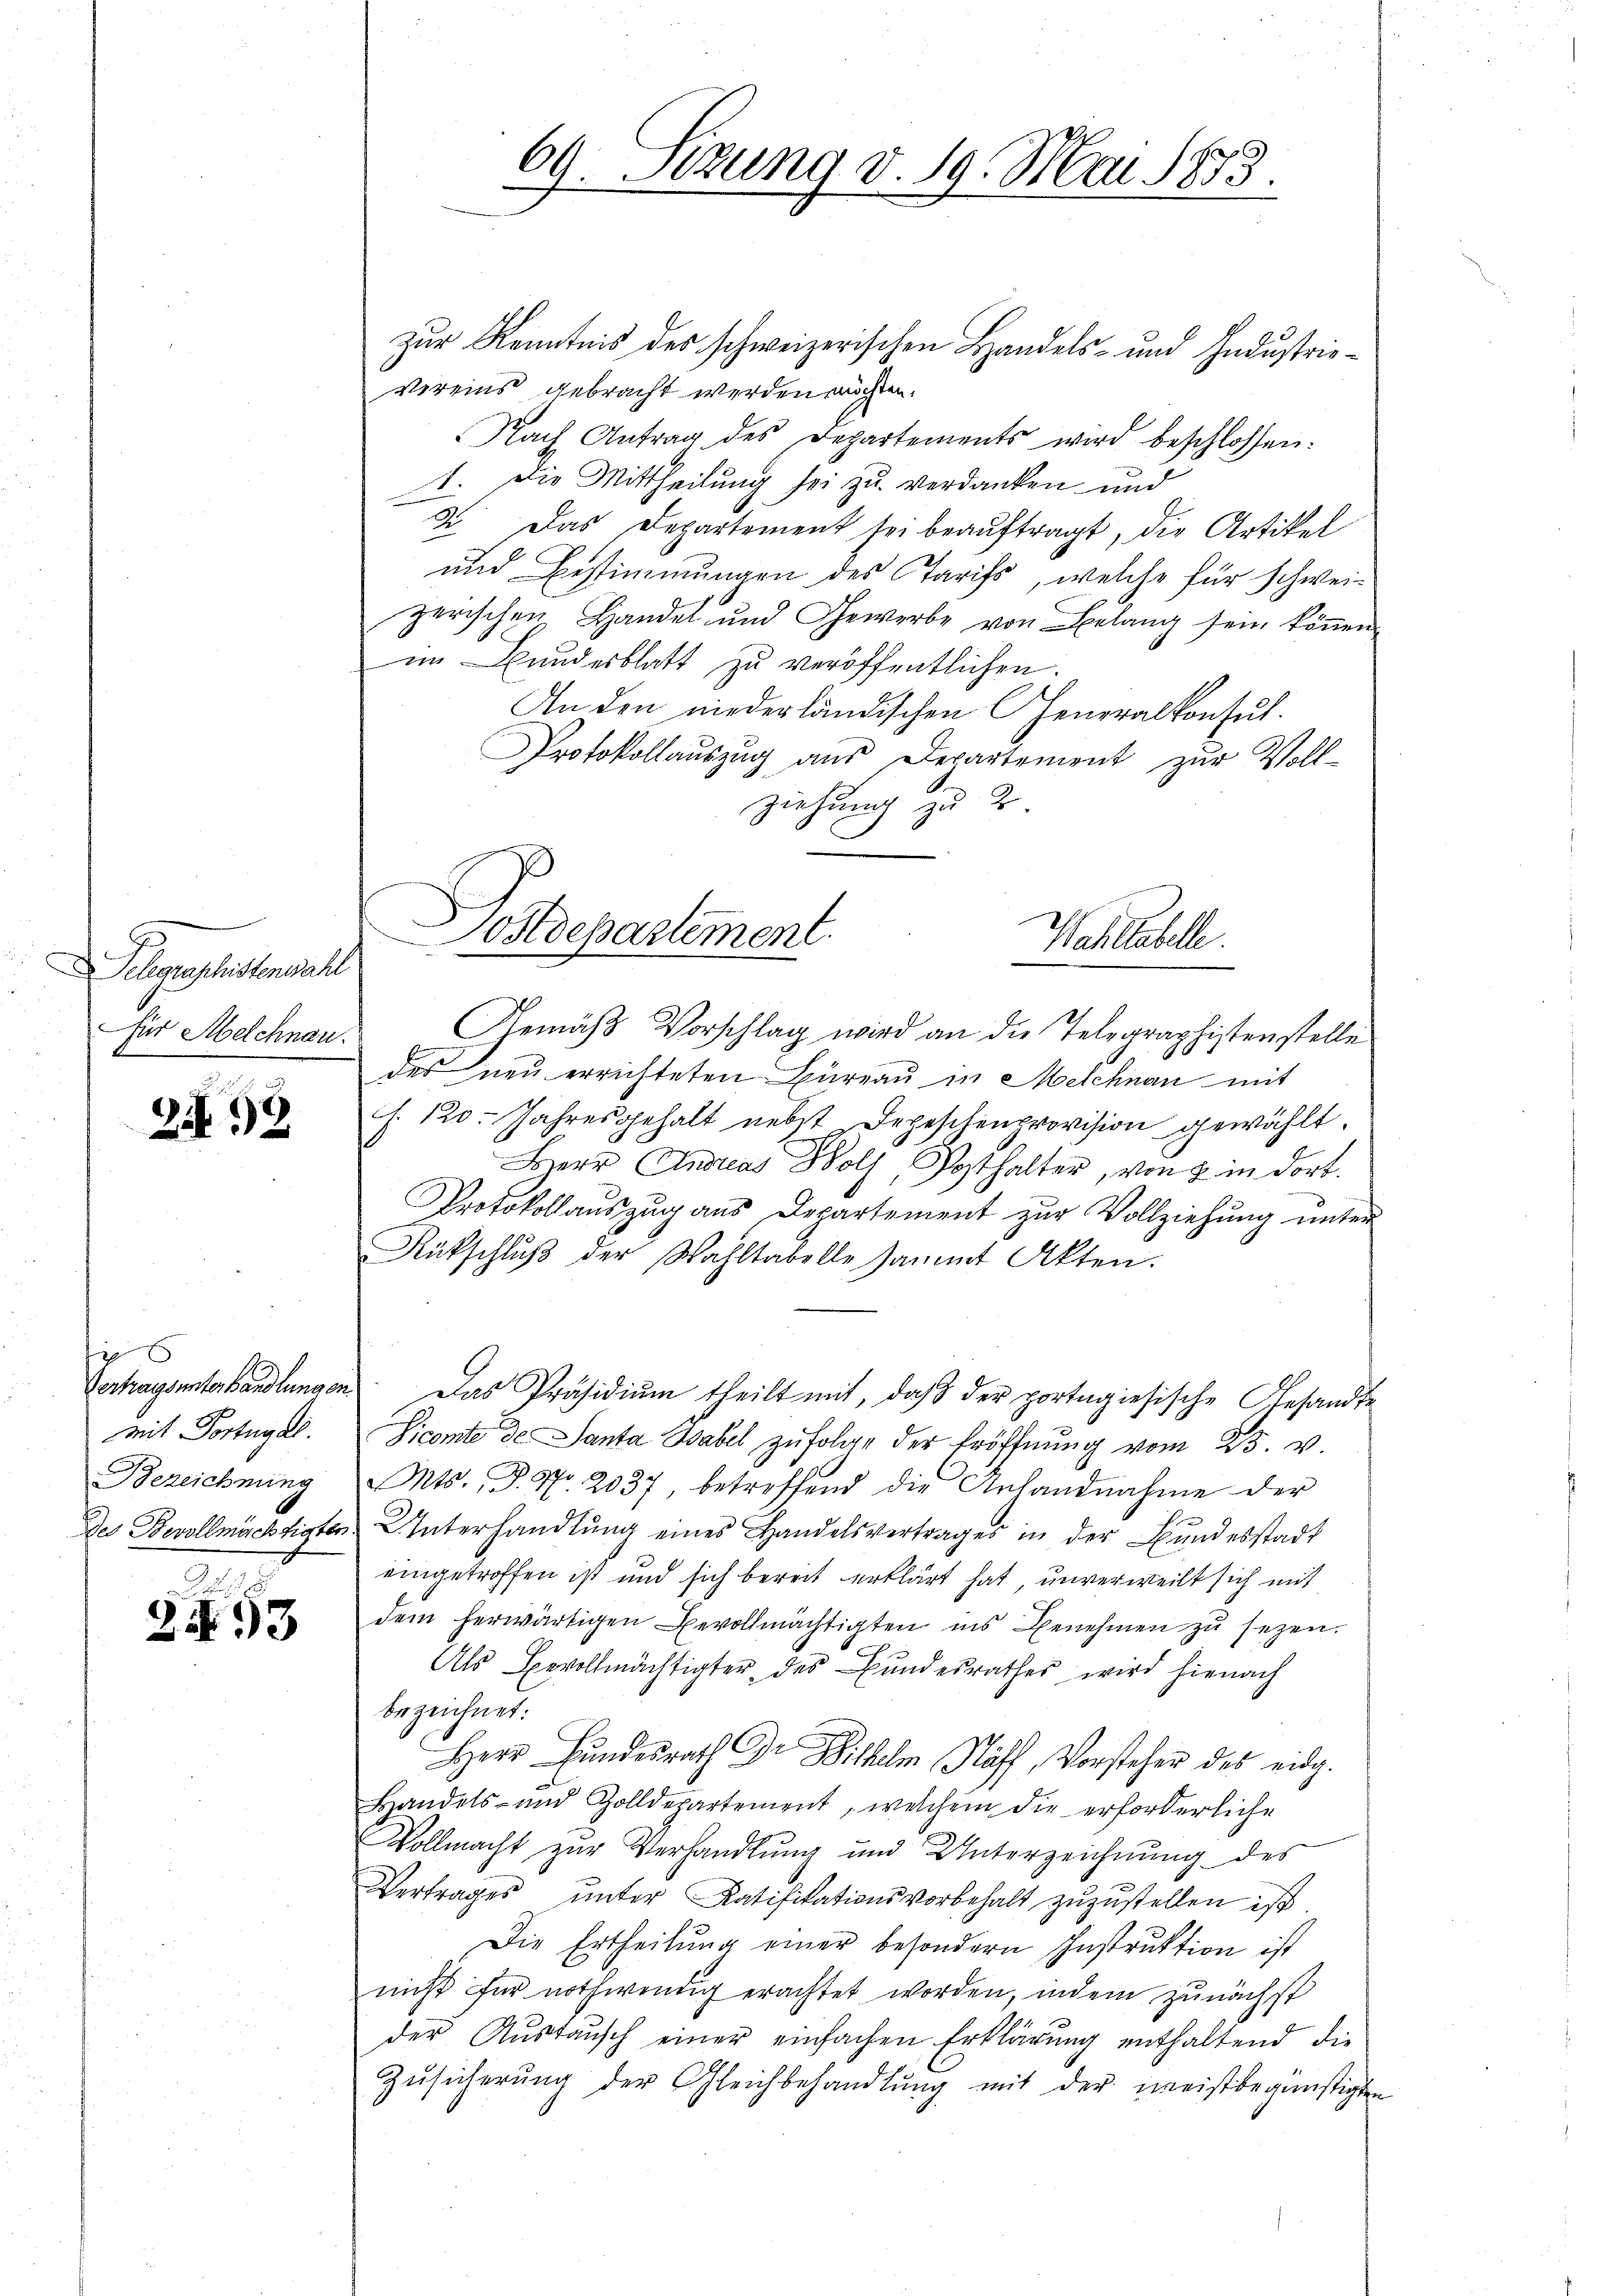
Flegeschristenwahl
für Melchnau.

299.

6
mit Portugal.
Bezeichnung

D
2493

69. Sezung v. 19. Mai 1873.

zur Kenntnis des schweizerischen Handels- und Industrie¬
Vereins gebracht werden möchten.
Nach Antrag des Departements wird beschlossen:
1. Die Mittheilung sei zu verdanken und
2. Das Departement sei beauftragt, die Artikel
und Bestimmungen des Tarifs, welche für schweizerischen Handel und Gewerbe von Belang sein können
im Bundesblatt zu veröffentlichen.
An den niederländischen Generalkonsut.
Protokollauszug aus Departement zur Voll-
ziehung zu 2.

Postdepartement.
Wahllabelle
Gemäß Vorschlag wird an die Telegraphistenstelle

des neu errichteten Bureau in Melchnau mit
s. 120. Jahresgehalt nebst Depeschenprovision gewählt.
Herr Andreas Holz, Posthalter, von u. in dort.
Protokollauszug aus Departement zur Vollziehung unter
Rükschlŭβ der Wahltabelle sammt Akten.
Vertragsunterhandlungen. Das Präsidium theilt mit, daß der portagiesische Gesandte
Sicomite de Santa Babel zufolge der Eröffnŭng vom 25. v.
Mts., P. Nr. 2037, betreffend die Anhandnahme der
des Bevollmächtigter Interhandlŭng eines Handelsvertrages in der Bundesstadt
eingetroffen ist und sich bereit erklärt hat, unverweilt sich mit
dem herwärtigen Bevollmächtigten ins Benehmen zu sezen.
Als Bevollmächtigter des Bundesrathes wird hienach
bezeichnet:
Herr Bundesrath Dr. Wilhelm Höff, Vorsteher des eidg.
Handels- und Zolldepartement, welchem die erforderliche
Vollmacht zur Verhandlung und Unterzeichnung des
Vertrages unter Ratifikationsvorbehalt zuzustellen ist.
Die Ertheilung einer besondern Instruktion ist
nicht für nothwendig erachtet worden, indem zunächst
der Aŭstaŭsch einer einfachen Erklärung enthaltend die
Zŭsicherŭng der Gleichbehandlŭng mit der meistbegünstigten